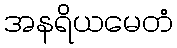
အနရိယမေတံ